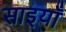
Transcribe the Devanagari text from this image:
साइयाँ